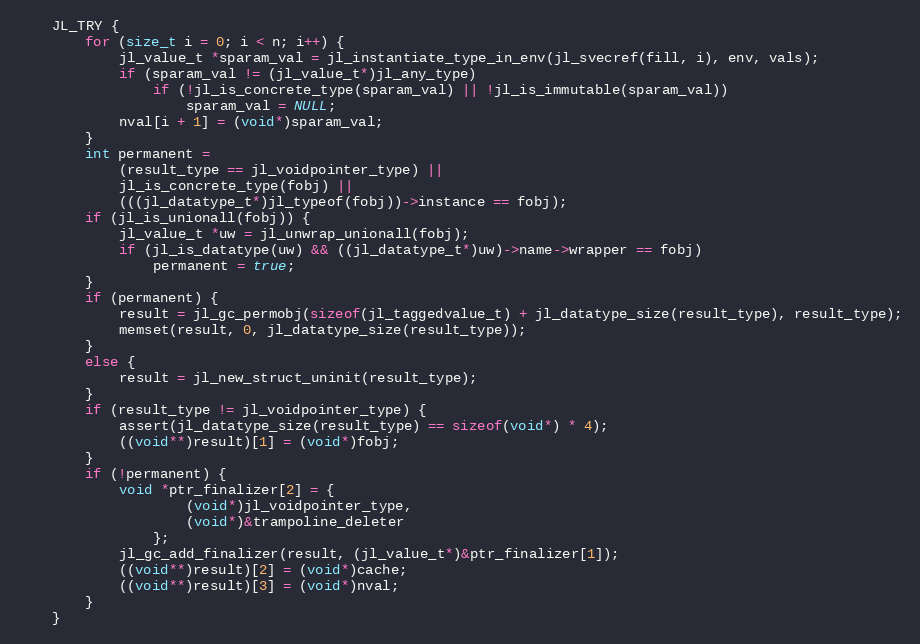
Language: C++
    JL_TRY {
        for (size_t i = 0; i < n; i++) {
            jl_value_t *sparam_val = jl_instantiate_type_in_env(jl_svecref(fill, i), env, vals);
            if (sparam_val != (jl_value_t*)jl_any_type)
                if (!jl_is_concrete_type(sparam_val) || !jl_is_immutable(sparam_val))
                    sparam_val = NULL;
            nval[i + 1] = (void*)sparam_val;
        }
        int permanent =
            (result_type == jl_voidpointer_type) ||
            jl_is_concrete_type(fobj) ||
            (((jl_datatype_t*)jl_typeof(fobj))->instance == fobj);
        if (jl_is_unionall(fobj)) {
            jl_value_t *uw = jl_unwrap_unionall(fobj);
            if (jl_is_datatype(uw) && ((jl_datatype_t*)uw)->name->wrapper == fobj)
                permanent = true;
        }
        if (permanent) {
            result = jl_gc_permobj(sizeof(jl_taggedvalue_t) + jl_datatype_size(result_type), result_type);
            memset(result, 0, jl_datatype_size(result_type));
        }
        else {
            result = jl_new_struct_uninit(result_type);
        }
        if (result_type != jl_voidpointer_type) {
            assert(jl_datatype_size(result_type) == sizeof(void*) * 4);
            ((void**)result)[1] = (void*)fobj;
        }
        if (!permanent) {
            void *ptr_finalizer[2] = {
                    (void*)jl_voidpointer_type,
                    (void*)&trampoline_deleter
                };
            jl_gc_add_finalizer(result, (jl_value_t*)&ptr_finalizer[1]);
            ((void**)result)[2] = (void*)cache;
            ((void**)result)[3] = (void*)nval;
        }
    }